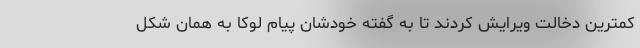
کمترین دخالت ویرایش کردند تا به گفته خودشان پیام لوکا به همان شکل